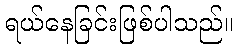
ရယ်နေခြင်းဖြစ်ပါသည်။